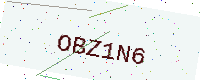
Text: OBZ1N6